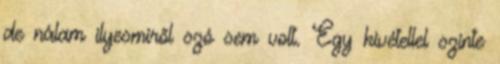
de nálam ilyesmiről szó sem volt. Egy kivétellel szinte